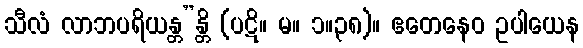
သီလံ လာဘပရိယန္တ”န္တိ (ပဋိ။ မ။ ၁။၃၈)။ ဧတေနေဝ ဥပါယေန